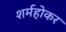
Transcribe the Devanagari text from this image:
शर्महोकर